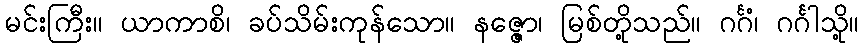
မင်းကြီး။ ယာကာစိ၊ ခပ်သိမ်းကုန်သော။ နဇ္ဇော၊ မြစ်တို့သည်။ ဂင်္ဂံ၊ ဂင်္ဂါသို့။